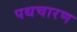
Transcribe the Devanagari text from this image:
पथचारण